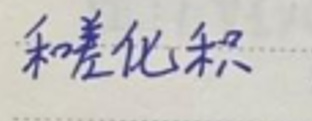
和差化积